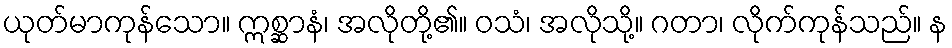
ယုတ်မာကုန်သော။ ဣစ္ဆာနံ၊ အလိုတို့၏။ ဝသံ၊ အလိုသို့။ ဂတာ၊ လိုက်ကုန်သည်။ န